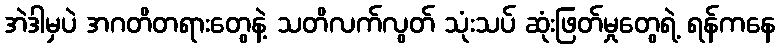
အဲဒါမှပဲ အဂတိတရားတွေနဲ့ သတိလက်လွတ် သုံးသပ် ဆုံးဖြတ်မှုတွေရဲ့ ရန်ကနေ